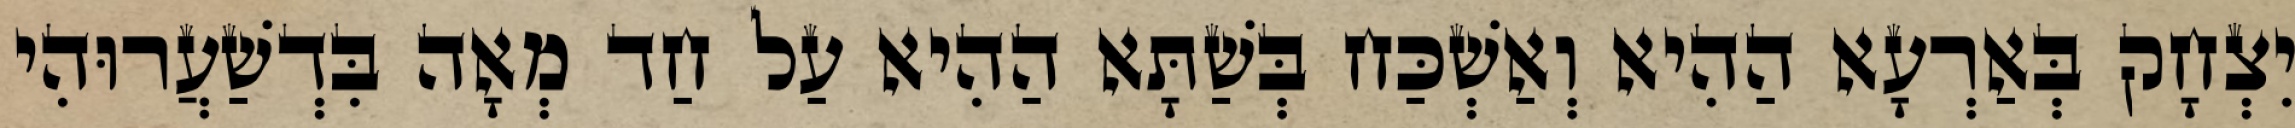
יִצְחָק בְּאַרְעָא הַהִיא וְאַשְׁכַּח בְּשַׁתָּא הַהִיא עַל חַד מְאָה בִּדְשַׁעֲרוּהִי